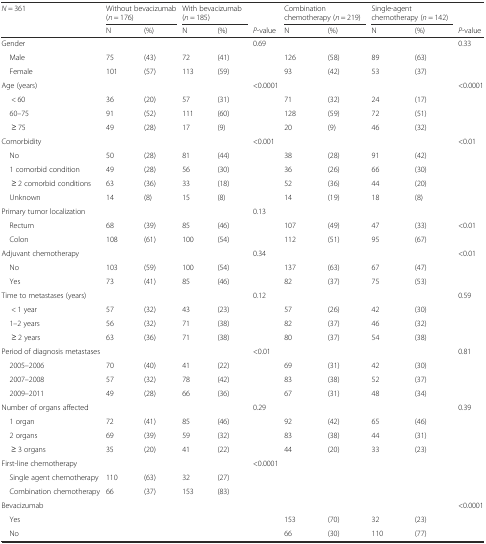
<table><thead><tr><td><b><i>N</i> = 361</b></td><td colspan="2"><b>Without bevacizumab (<i>n</i> = 176)</b></td><td colspan="2"><b>With bevacizumab (<i>n</i> = 185)</b></td><td></td><td colspan="2"><b>Combination chemotherapy (<i>n</i> = 219)</b></td><td colspan="2"><b>Single-agent chemotherapy (<i>n</i> = 142)</b></td><td></td></tr><tr><td></td><td><b>N</b></td><td><b>(%)</b></td><td><b>N</b></td><td><b>(%)</b></td><td><b><i>P</i>-value</b></td><td><b>N</b></td><td><b>(%)</b></td><td><b>N</b></td><td><b>(%)</b></td><td><b><i>P</i>-value</b></td></tr></thead><tbody><tr><td>Gender</td><td></td><td></td><td></td><td></td><td>0.69</td><td></td><td></td><td></td><td></td><td>0.33</td></tr><tr><td> Male</td><td>75</td><td>(43)</td><td>72</td><td>(41)</td><td></td><td>126</td><td>(58)</td><td>89</td><td>(63)</td><td rowspan="2"></td></tr><tr><td> Female</td><td>101</td><td>(57)</td><td>113</td><td>(59)</td><td></td><td>93</td><td>(42)</td><td>53</td><td>(37)</td></tr><tr><td>Age (years)</td><td></td><td></td><td></td><td></td><td>&lt;0.0001</td><td></td><td></td><td></td><td></td><td>&lt;0.0001</td></tr><tr><td>&lt; 60</td><td>36</td><td>(20)</td><td>57</td><td>(31)</td><td></td><td>71</td><td>(32)</td><td>24</td><td>(17)</td><td rowspan="3"></td></tr><tr><td> 60–75</td><td>91</td><td>(52)</td><td>111</td><td>(60)</td><td></td><td>128</td><td>(59)</td><td>72</td><td>(51)</td></tr><tr><td>≥ 75</td><td>49</td><td>(28)</td><td>17</td><td>(9)</td><td></td><td>20</td><td>(9)</td><td>46</td><td>(32)</td></tr><tr><td>Comorbidity</td><td></td><td></td><td></td><td></td><td>&lt;0.001</td><td></td><td></td><td></td><td></td><td>&lt;0.01</td></tr><tr><td> No</td><td>50</td><td>(28)</td><td>81</td><td>(44)</td><td></td><td>38</td><td>(28)</td><td>91</td><td>(42)</td><td rowspan="5"></td></tr><tr><td> 1 comorbid condition</td><td>49</td><td>(28)</td><td>56</td><td>(30)</td><td></td><td>36</td><td>(26)</td><td>66</td><td>(30)</td></tr><tr><td>≥ 2 comorbid conditions</td><td>63</td><td>(36)</td><td>33</td><td>(18)</td><td></td><td>52</td><td>(36)</td><td>44</td><td>(20)</td></tr><tr><td> Unknown</td><td>14</td><td>(8)</td><td>15</td><td>(8)</td><td></td><td>14</td><td>(19)</td><td>18</td><td>(8)</td></tr><tr><td>Primary tumor localization</td><td></td><td></td><td></td><td></td><td>0.13</td><td></td><td></td><td></td><td></td></tr><tr><td> Rectum</td><td>68</td><td>(39)</td><td>85</td><td>(46)</td><td></td><td>107</td><td>(49)</td><td>47</td><td>(33)</td><td>&lt;0.01</td></tr><tr><td> Colon</td><td>108</td><td>(61)</td><td>100</td><td>(54)</td><td></td><td>112</td><td>(51)</td><td>95</td><td>(67)</td><td></td></tr><tr><td>Adjuvant chemotherapy</td><td></td><td></td><td></td><td></td><td>0.34</td><td></td><td></td><td></td><td></td><td>&lt;0.01</td></tr><tr><td> No</td><td>103</td><td>(59)</td><td>100</td><td>(54)</td><td></td><td>137</td><td>(63)</td><td>67</td><td>(47)</td><td rowspan="2"></td></tr><tr><td> Yes</td><td>73</td><td>(41)</td><td>85</td><td>(46)</td><td></td><td>82</td><td>(37)</td><td>75</td><td>(53)</td></tr><tr><td>Time to metastases (years)</td><td></td><td></td><td></td><td></td><td>0.12</td><td></td><td></td><td></td><td></td><td>0.59</td></tr><tr><td>&lt; 1 year</td><td>57</td><td>(32)</td><td>43</td><td>(23)</td><td></td><td>57</td><td>(26)</td><td>42</td><td>(30)</td><td rowspan="3"></td></tr><tr><td> 1–2 years</td><td>56</td><td>(32)</td><td>71</td><td>(38)</td><td></td><td>82</td><td>(37)</td><td>46</td><td>(32)</td></tr><tr><td>≥ 2 years</td><td>63</td><td>(36)</td><td>71</td><td>(38)</td><td></td><td>80</td><td>(37)</td><td>54</td><td>(38)</td></tr><tr><td>Period of diagnosis metastases</td><td></td><td></td><td></td><td></td><td>&lt;0.01</td><td></td><td></td><td></td><td></td><td>0.81</td></tr><tr><td> 2005–2006</td><td>70</td><td>(40)</td><td>41</td><td>(22)</td><td></td><td>69</td><td>(31)</td><td>42</td><td>(30)</td><td rowspan="3"></td></tr><tr><td> 2007–2008</td><td>57</td><td>(32)</td><td>78</td><td>(42)</td><td></td><td>83</td><td>(38)</td><td>52</td><td>(37)</td></tr><tr><td> 2009–2011</td><td>49</td><td>(28)</td><td>66</td><td>(36)</td><td></td><td>67</td><td>(31)</td><td>48</td><td>(34)</td></tr><tr><td>Number of organs affected</td><td></td><td></td><td></td><td></td><td>0.29</td><td></td><td></td><td></td><td></td><td>0.39</td></tr><tr><td> 1 organ</td><td>72</td><td>(41)</td><td>85</td><td>(46)</td><td></td><td>92</td><td>(42)</td><td>65</td><td>(46)</td><td rowspan="3"></td></tr><tr><td> 2 organs</td><td>69</td><td>(39)</td><td>59</td><td>(32)</td><td></td><td>83</td><td>(38)</td><td>44</td><td>(31)</td></tr><tr><td>≥ 3 organs</td><td>35</td><td>(20)</td><td>41</td><td>(22)</td><td></td><td>44</td><td>(20)</td><td>33</td><td>(23)</td></tr><tr><td>First-line chemotherapy</td><td></td><td></td><td></td><td></td><td>&lt;0.0001</td><td></td><td></td><td></td><td></td><td rowspan="3"></td></tr><tr><td> Single agent chemotherapy</td><td>110</td><td>(63)</td><td>32</td><td>(27)</td><td rowspan="2"></td><td rowspan="2"></td><td rowspan="2"></td><td rowspan="2"></td><td rowspan="2"></td></tr><tr><td> Combination chemotherapy</td><td>66</td><td>(37)</td><td>153</td><td>(83)</td></tr><tr><td>Bevacizumab</td><td></td><td></td><td></td><td></td><td></td><td></td><td></td><td></td><td></td><td>&lt;0.0001</td></tr><tr><td> Yes</td><td></td><td></td><td></td><td></td><td></td><td>153</td><td>(70)</td><td>32</td><td>(23)</td><td rowspan="2"></td></tr><tr><td> No</td><td></td><td></td><td></td><td></td><td></td><td>66</td><td>(30)</td><td>110</td><td>(77)</td></tr></tbody></table>